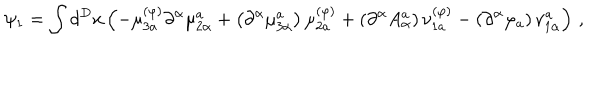
\psi _ { 1 } = \int d ^ { D } x \left( - \mu _ { 3 a } ^ { ( \varphi ) } \partial ^ { \alpha } \mu _ { 2 \alpha } ^ { a } + \left( \partial ^ { \alpha } \mu _ { 3 \alpha } ^ { a } \right) \mu _ { 2 a } ^ { ( \varphi ) } + \left( \partial ^ { \alpha } A _ { \alpha } ^ { a } \right) \nu _ { 1 a } ^ { ( \varphi ) } - \left( \partial ^ { \alpha } \varphi _ { a } \right) \nu _ { 1 \alpha } ^ { a } \right) \, ,